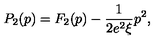
P _ { 2 } ( p ) = F _ { 2 } ( p ) - \frac { 1 } { 2 e ^ { 2 } \xi } p ^ { 2 } ,